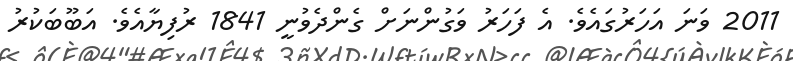
2011 ވަނަ އަހަރުގައެވެ. އެ ފަހަރު ވަގުންނަށް ގެންދެވުނީ 1841 ރުފިޔާއެވެ. އަބޫބަކުރު